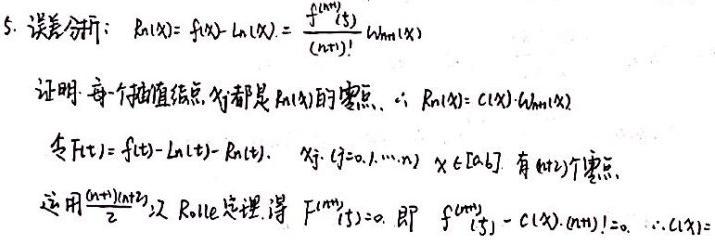
5. 误差分析：$R_n(x)=f(x)-L_n(x)=\frac{f^{(n+1)}(\xi)}{(n + 1)!}\omega_{n+1}(x)$

证明：每一个插值结点 $x_j$ 都是 $R_n(x)$ 的零点，$\therefore R_n(x)=C(x)\cdot\omega_{n+1}(x)$

令 $F(t)=f(t)-L_n(t)-R_n(t)$，$x_j(j = 0,1,\cdots,n)$，$x\in[a,b]$，有 $n + 2$ 个零点。

运用 $\frac{(n+1)(n + 2)}{2}$ 次 Rolle 定理得 $F^{(n+1)}(\xi)=0$，即 $f^{(n+1)}(\xi)-C(x)\cdot(n+1)!=0$，$\therefore C(x)=$